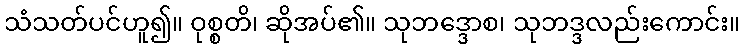
သံသတ်ပင်ဟူ၍။ ဝုစ္စတိ၊ ဆိုအပ်၏။ သုဘဒ္ဒောစ၊ သုဘဒ္ဒလည်းကောင်း။